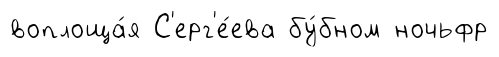
воплоща́я С'ерг'е́ева бу́бном ночьфр